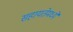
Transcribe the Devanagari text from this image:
सहायतेमध्ये